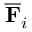
\overline { { \mathbf { F } } } _ { i }